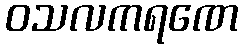
ဝသလကရဏေ